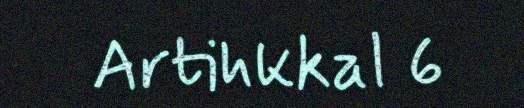
Artihkkal 6